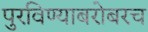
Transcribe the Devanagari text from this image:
पुरविण्याबरोबरच